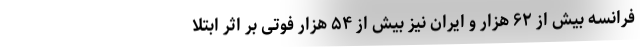
فرانسه بیش از ۶۲ هزار و ایران نیز بیش از ۵۴ هزار فوتی بر اثر ابتلا